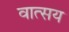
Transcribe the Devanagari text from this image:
वात्सय